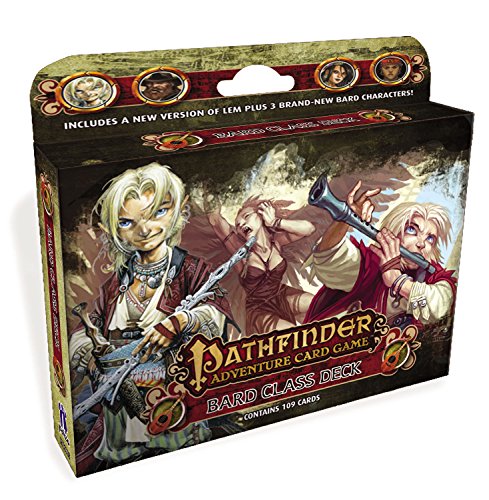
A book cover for Pathfinder Adventure Card Game: Bard Class Deck; Mike Selinker; Science Fiction & Fantasy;